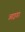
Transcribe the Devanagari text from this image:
आइडा